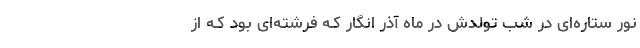
نور ستاره‌ای در شب تولدش در ماه آذر انگار کـه فرشته‌ای بود کـه از